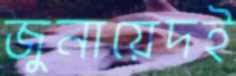
জুনায়েদই